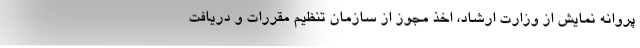
پروانه نمایش از وزارت ارشاد، اخذ مجوز از سازمان تنظیم مقررات و دریافت